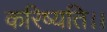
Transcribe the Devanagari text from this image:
करिष्यति।।